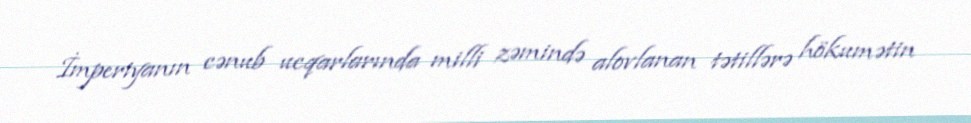
İmperiyanın cənub ucqarlarında milli zəmində alovlanan tətillərə hökumətin